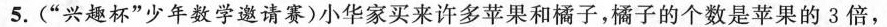
5.(”兴趣杯”少年数学邀请赛)小华家买来许多苹果和橘子，橘子的个数是苹果的3倍，